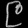
Digit: ၉